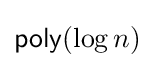
{\textsf {poly}}(\log n)